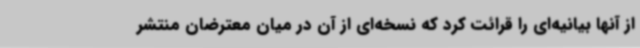
از آنها بیانیه‌ای را قرائت کرد که نسخه‌ای از آن در میان معترضان منتشر